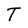
Character: T